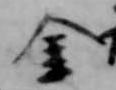
金